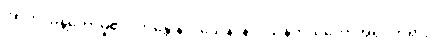
အာဟ၊ မိန့်တော်မူ၏။ ဘန္တေ နာဂသေန၊ နာဂသိန်ကိုယ်တော်အရှင်ဘုရား။